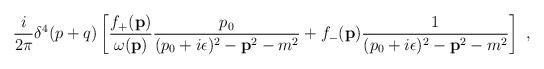
LaTeX: \begin{align*}\frac{i}{2\pi} \delta^4 (p+q) \left[ \frac{f_+ ({\bf p})}{\omega ({\bf p})}\frac{p_0}{(p_0 + i\epsilon)^2 - {\bf p}^2 - m^2} + f_- ({\bf p})\frac{1}{(p_0 + i\epsilon)^2 - {\bf p}^2 - m^2} \right] \ ,\end{align*}